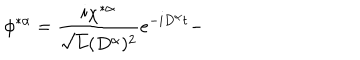
LaTeX: \phi ^ { * \alpha } = \frac { i \chi ^ { * \alpha } } { \sqrt { L } ( D ^ { \alpha } ) ^ { 2 } } e ^ { - i D ^ { \alpha } t } -